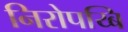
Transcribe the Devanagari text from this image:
निरोपय्बि